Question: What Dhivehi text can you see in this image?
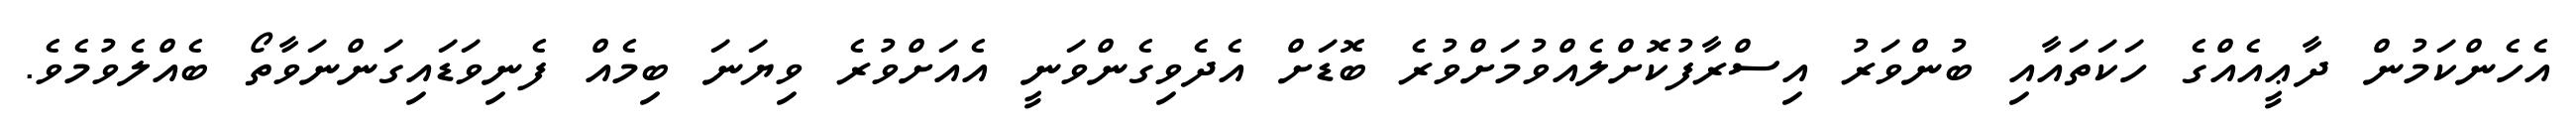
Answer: އެހެންކަމުން ދާޢީއެއްގެ ހަކަތައާއި ބުންވަރު އިސްރާފުކޮށްލެއްވުމަށްވުރެ ބޮޑަށް އެދެވިގެންވަނީ އެއަށްވުރެ ވިޔަނަ ބިމެއް ފެނިވަޑައިގަންނަވާތޯ ބެއްލެވުމެވެ.